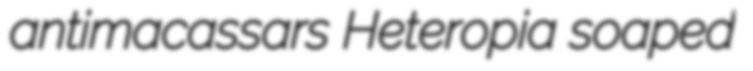
antimacassars Heteropia soaped